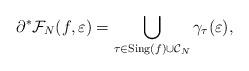
LaTeX: \begin{align*}\partial^* \mathcal{F}_N(f, \varepsilon)=\bigcup_{\tau \in \mathrm{Sing}(f) \cup \mathcal{C}_N} \gamma_{\tau}(\varepsilon),\end{align*}